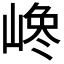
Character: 𡺎